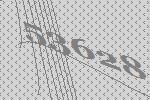
53628